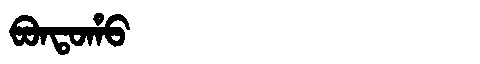
Manchu: ᠪᠣᠨᡨᠣᡥᠣ
Romanization: BONTOHO